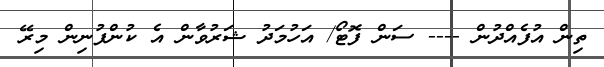
ތިން އުފެއްދުން ---- ސަން ފޮޓޯ/ އަހުމަދު ޝަރުވާން އެ ކުންފުނިން މިރޭ